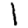
Digit: 1